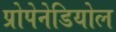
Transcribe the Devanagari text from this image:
प्रोपेनेडियोल